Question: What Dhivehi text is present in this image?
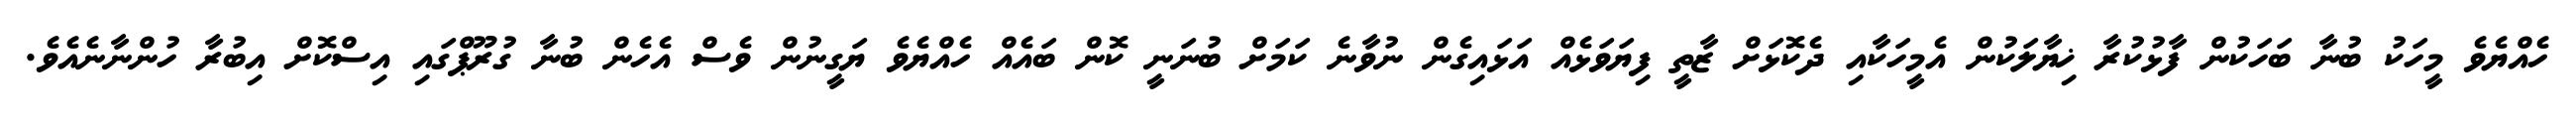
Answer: ހެއްޔެވެ މީހަކު ބުނާ ބަހަކުން ފާޅުކުރާ ޚިޔާލަކުން އެމީހަކާއި ދެކޮޅަށް ޒާތީ ފިޔަވަޅެއް އަޅައިގެން ނުވާނެ ކަމަށް ބުނަނީ ކޮން ބައެއް ހެއްޔެވެ ޔަގީނުން ވެސް އެހެން ބުނާ ގުރޫޕްގައި އިސްކޮށް އިބުރާ ހުންނާނެއެވެ.